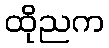
ထိုညက